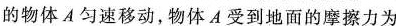
的物体A匀速移动，物体A受到地面的摩擦力为